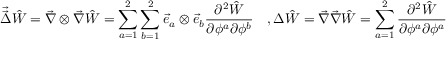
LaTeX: \vec { \vec { \Delta } } \hat { W } = \vec { \nabla } \otimes \vec { \nabla } \hat { W } = \sum _ { a = 1 } ^ { 2 } \sum _ { b = 1 } ^ { 2 } \vec { e } _ { a } \otimes \vec { e } _ { b } \frac { \partial ^ { 2 } \hat { W } } { \partial \phi ^ { a } \partial \phi ^ { b } } \quad , \Delta \hat { W } = \vec { \nabla } \vec { \nabla } \hat { W } = \sum _ { a = 1 } ^ { 2 } \frac { \partial ^ { 2 } \hat { W } } { \partial \phi ^ { a } \partial \phi ^ { a } }